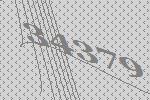
34379